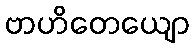
ဗာဟိတေယျော